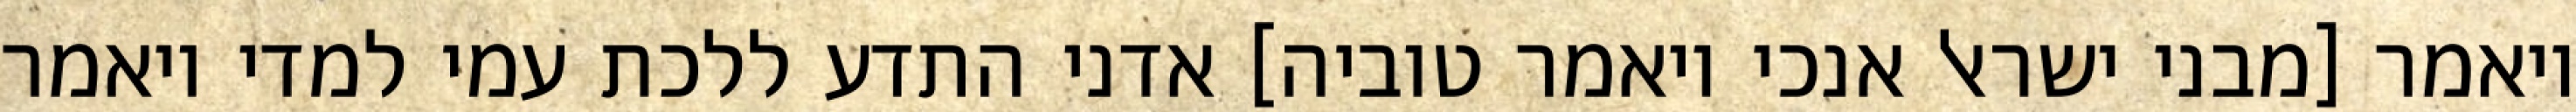
ויאמר [מבני ישראל אנכי ויאמר טוביה] אדני התדע ללכת עמי למדי ויאמר